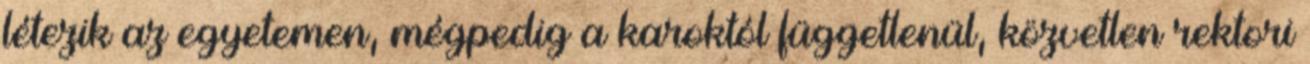
létezik az egyetemen, mégpedig a karoktól függetlenül, közvetlen rektori